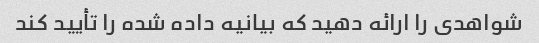
شواهدی را ارائه دهید که بیانیه داده شده را تأیید کند